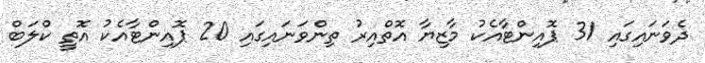
ދެވަނައިގައި 31 ޕޮއިންޓާއެކު މާޒިޔާ އޮތްއިރު ތިންވަނައިގައި 20 ޕޮއިންޓާއެކު އޮތީ ކްލަބް